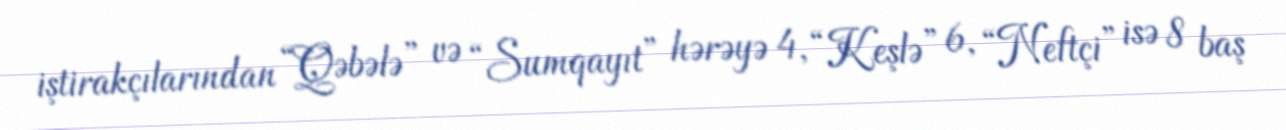
iştirakçılarından “Qəbələ” və “Sumqayıt” hərəyə 4, “Keşlə” 6, “Neftçi” isə 8 baş